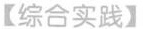
【综合实践】